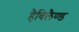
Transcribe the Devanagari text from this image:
हैविलैण्ड